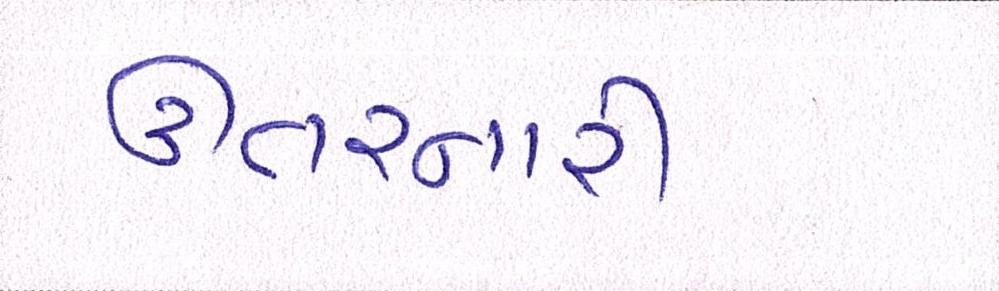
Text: ઊતરનારી